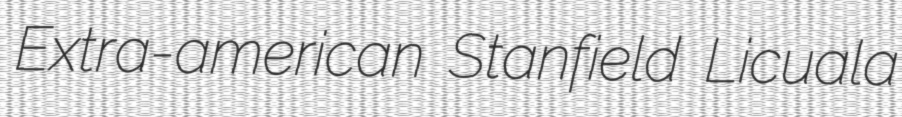
Extra-american Stanfield Licuala